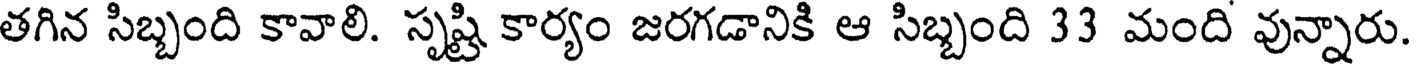
తగిన సిబ్బంది కావాలి. సృష్టి కార్యం జరగడానికి ఆ సిబ్బంది 33 మంది వున్నారు.